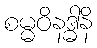
စမ္မဝိနဒ္ဓါနိ